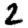
Digit: 2